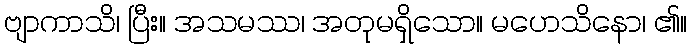
ဗျာကာသိ၊ ပြီး။ အသမဿ၊ အတုမရှိသော။ မဟေသိနော၊ ၏။